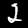
Digit: 2